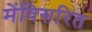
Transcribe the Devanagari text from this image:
मेंविसरित